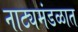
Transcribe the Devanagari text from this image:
नाट्यमंडळात